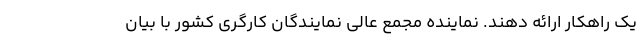
یک راهکار ارائه دهند. نماینده مجمع عالی نمایندگان کارگری کشور با بیان